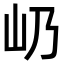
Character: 屷